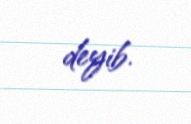
deyib.